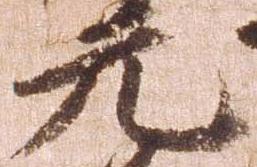
元